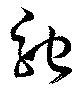
馳